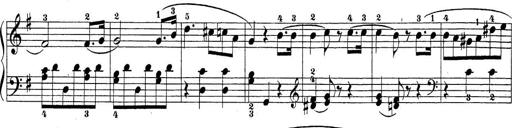
Title: Sonatina Album
Composer: Louis KÃ¶hler